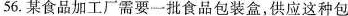
56.某食品加工厂需要一批食品包装盒，供应这种包